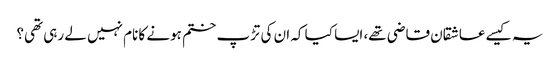
یہ کیسے عاشقان قاضی تھے، ایسا کیا کہ ان کی تڑپ ختم ہونے کا نام نہیں لے رہی تھی؟